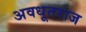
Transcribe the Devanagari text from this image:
अवधूतराज